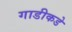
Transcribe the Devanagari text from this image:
गाडीकडे